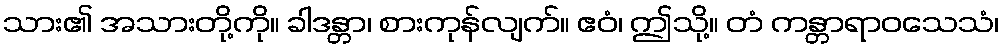
သား၏ အသားတို့ကို။ ခါဒန္တာ၊ စားကုန်လျက်။ ဧဝံ၊ ဤသို့။ တံ ကန္တာရာဝသေသံ၊